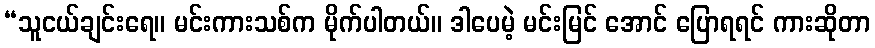
“သူငယ်ချင်းရေ။ မင်းကားသစ်က မိုက်ပါတယ်။ ဒါပေမဲ့ မင်းမြင် အောင် ပြောရရင် ကားဆိုတာ